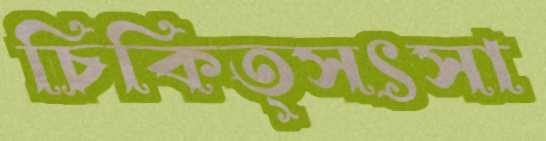
চিকিত্সৎসা